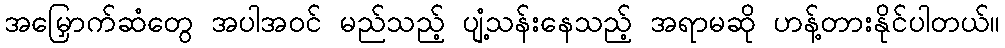
အမြှောက်ဆံတွေ အပါအဝင် မည်သည့် ပျံ့သန်းနေသည့် အရာမဆို ဟန့်တားနိုင်ပါတယ်။